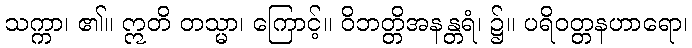
သက္ကာ၊ ၏။ ဣတိ တသ္မာ၊ ကြောင့်။ ဝိဘတ္တိအနန္တရံ၊ ၌။ ပရိဝတ္တနဟာရော၊